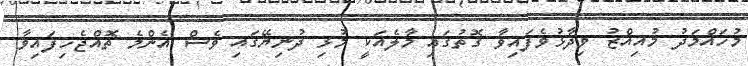
މުހައްމަދު މުއިއްޒު ވިދާޅުވެފައިވާ ގޮތުގައި މާލެއަކީ މުޅި ދުނިޔޭގައި ވެސް އެންމެ ތޮއްޖެހިފައިވާ